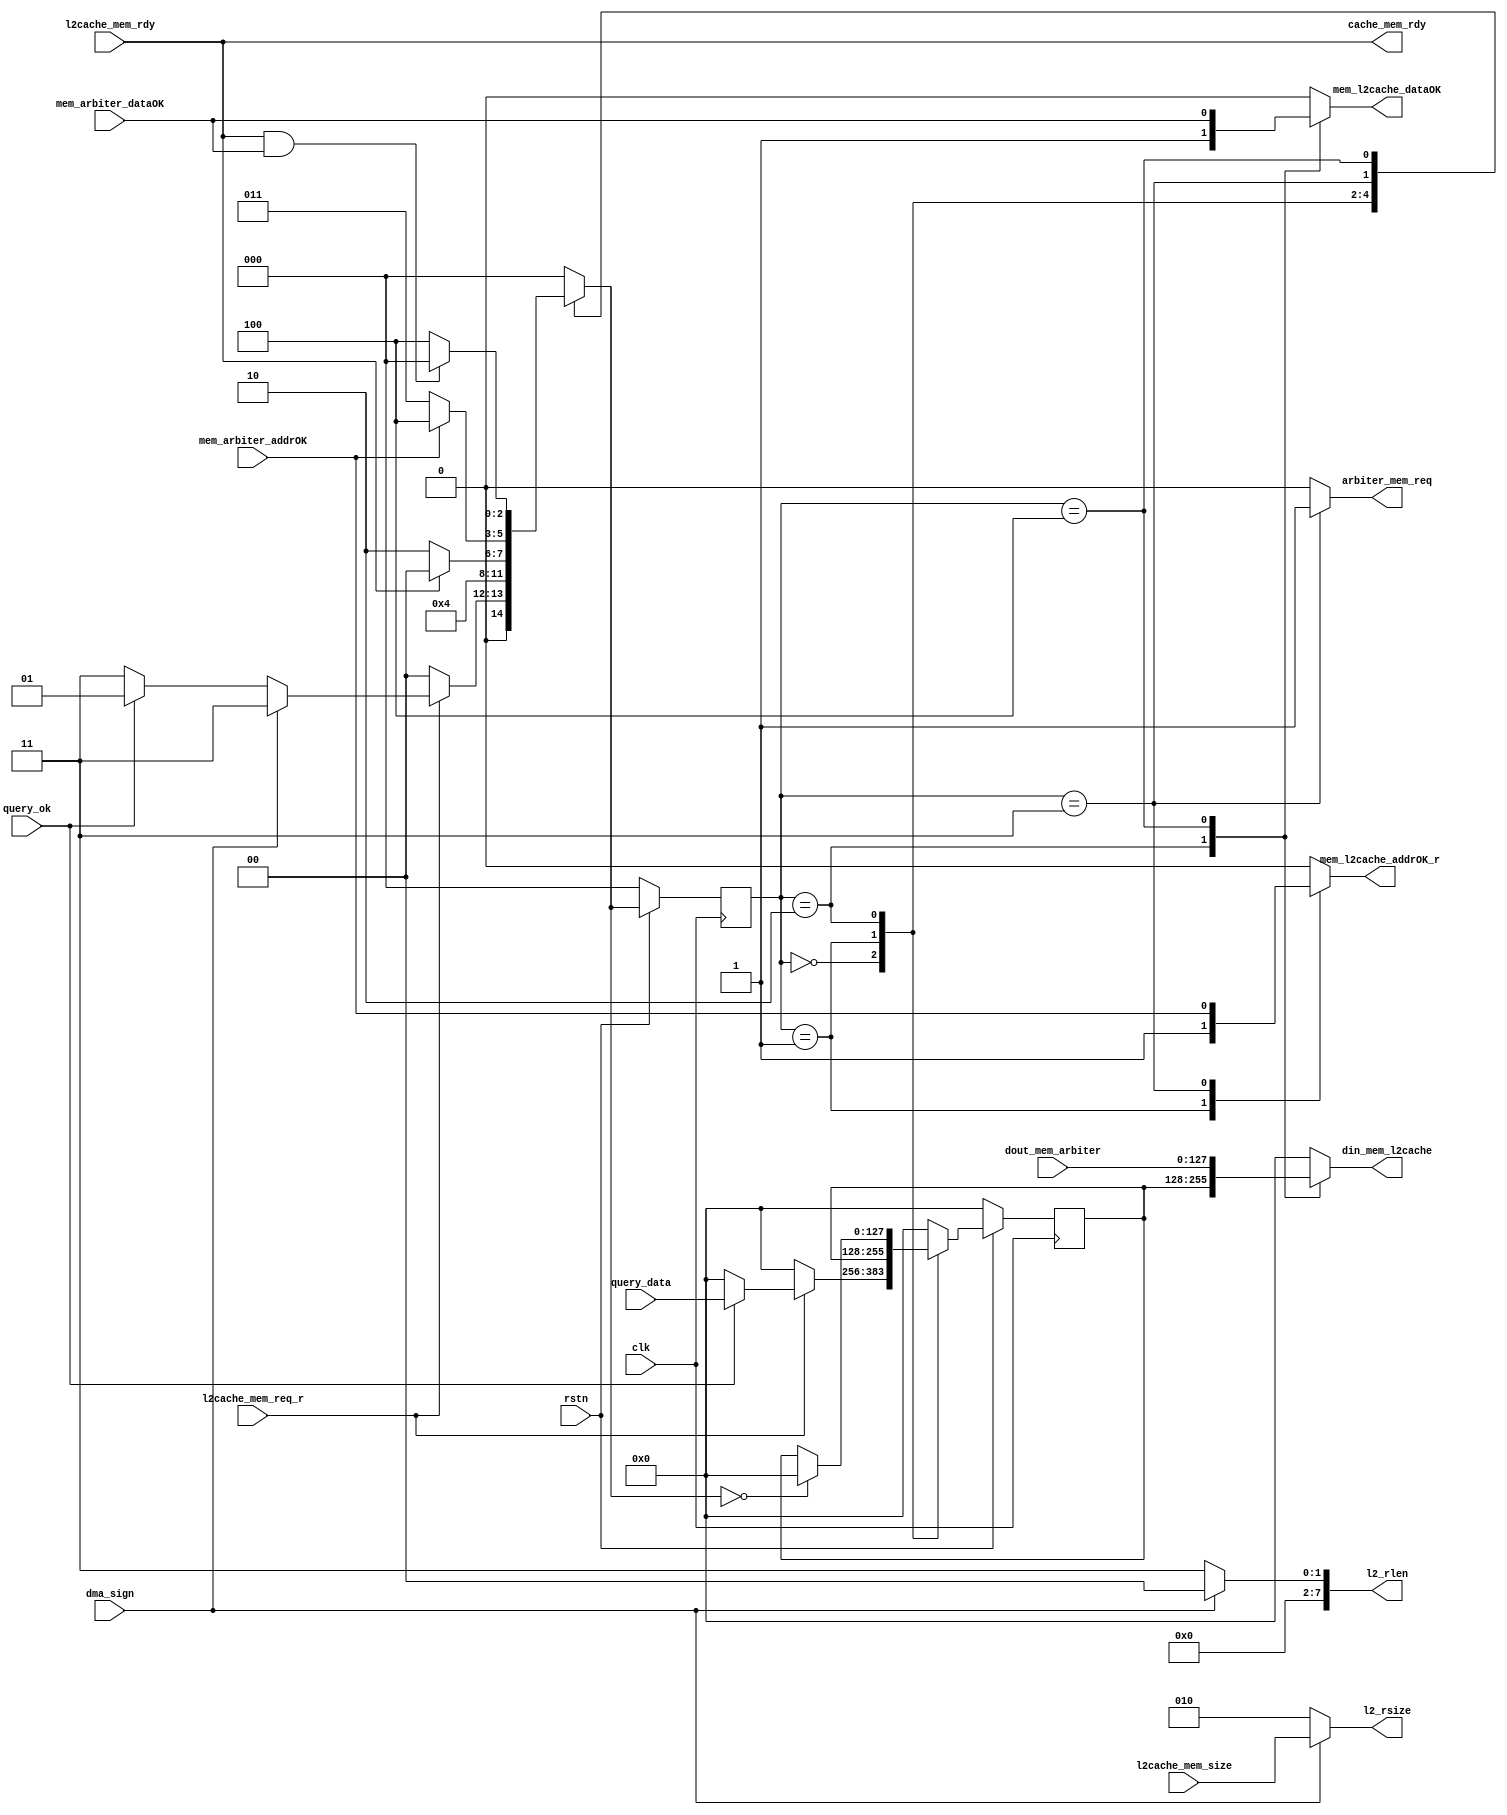
/// writebufreturnbuf(axi).
/// writebufwritebufreturnbuf

module read_arbiter#(
    parameter offset_width = 2
)(
    input       clk,
    input       rstn,
    //l2cache
    input       l2cache_mem_req_r,
    output reg  mem_l2cache_addrOK_r,
    input       l2cache_mem_rdy,
    output reg  mem_l2cache_dataOK,
    output reg  [(1<<offset_width)*32-1:0]din_mem_l2cache,
    input  [2:0]l2cache_mem_size,
    //writebuffer
    input       [(1<<offset_width)*32-1:0]query_data,
    input       query_ok,
    //returnbuffer
    output reg  [7:0]l2_rlen,
    output reg  [2:0]l2_rsize,
    output reg  arbiter_mem_req,
    input       mem_arbiter_addrOK,
    input       mem_arbiter_dataOK,
    input       [(1<<offset_width)*32-1:0]dout_mem_arbiter,
    output      cache_mem_rdy,
    //
    input       dma_sign
);
    assign cache_mem_rdy = l2cache_mem_rdy;
    //state_machine
    localparam IDLE = 3'd0,WRT_AR = 3'd1,WRT_R=3'd2,RET_AR = 3'd3,RET_R = 3'd4;
    reg [2:0] crt,nxt;
    always @(posedge clk)begin
        if(!rstn) begin
            crt <= IDLE;
        end else begin
            crt <= nxt;
        end
    end
    always @(*) begin
        case (crt)
            IDLE: begin
                if(l2cache_mem_req_r) begin
                    if(dma_sign)
                        nxt = RET_AR;
                    else if(query_ok)
                        nxt = WRT_AR;
                    else
                        nxt = RET_AR;
                end
                else    nxt = IDLE;
            end
            WRT_AR: begin
                nxt = WRT_R;
            end
            WRT_R: begin
                if(l2cache_mem_rdy) 
                        nxt = IDLE;
                else    nxt = WRT_R;
            end
            RET_AR: begin
                if(mem_arbiter_addrOK)
                        nxt = RET_R;
                else    nxt = RET_AR;
            end
            RET_R: begin
                if(l2cache_mem_rdy&&mem_arbiter_dataOK) 
                        nxt = IDLE;
                else    nxt = RET_R;
            end
            default:    nxt = IDLE;
        endcase
    end
    //signal
    always @(*) begin
        mem_l2cache_addrOK_r=0;
        mem_l2cache_dataOK=0;
        if(dma_sign) l2_rlen=0;
        else l2_rlen=(1<<offset_width)-1;

        if(dma_sign) l2_rsize=l2cache_mem_size;
        else l2_rsize=3'd2;

        arbiter_mem_req=0;
        case (crt)
            IDLE: ;
            WRT_AR: begin
                mem_l2cache_addrOK_r=1;
            end
            WRT_R: begin
                mem_l2cache_dataOK=1;
            end
            RET_AR: begin
                arbiter_mem_req=1;
                mem_l2cache_addrOK_r=mem_arbiter_addrOK;
            end
            RET_R: begin
                mem_l2cache_dataOK=mem_arbiter_dataOK;
            end
            default: ;
        endcase
    end
    //data
    reg [(1<<offset_width)*32-1:0] tmp_data;
    always @(posedge clk)begin
        if(!rstn) begin
            tmp_data <= 0;
        end
        else begin
            case (crt)
                IDLE: begin
                    if(l2cache_mem_req_r) begin
                        if(query_ok)
                            tmp_data <= query_data;
                        else tmp_data <= 0;
                    end
                    else tmp_data <= 0;
                end
                WRT_AR: ;
                WRT_R: begin
                    if (nxt==IDLE) begin
                        tmp_data <= 0;
                    end
                end
                default: tmp_data <= 0;
            endcase
        end
    end
    always @(*) begin
        din_mem_l2cache=0;
        case (crt)
            IDLE: ;
            WRT_AR: begin
                din_mem_l2cache=0;
            end
            WRT_R: begin
                din_mem_l2cache=tmp_data;
            end
            RET_AR: begin
                din_mem_l2cache=0;
            end
            RET_R: begin
                din_mem_l2cache=dout_mem_arbiter;
            end
            default: ;
        endcase
    end

endmodule